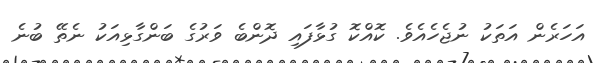
އަހަރެން އަތަކު ނުޖެހެއެވެ. ކޮއްކޮ ގުޅާފައި ދޮންބެ ވަރުގެ ބަންގާޅިއަކު ނެތޭ ބުނެ